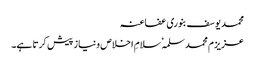
محمد یوسف بنوری عفاعنہ
عزیزم محمد سلمہٗ سلامِ اخلاص ونیاز پیش کرتا ہے۔